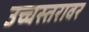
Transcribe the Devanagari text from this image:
उच्चस्तरावर